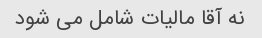
نه آقا مالیات شامل می شود